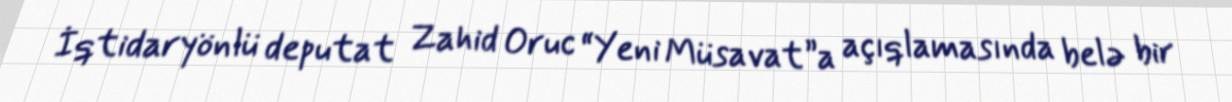
İqtidaryönlü deputat Zahid Oruc “Yeni Müsavat”a açıqlamasında belə bir